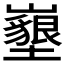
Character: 𡓚